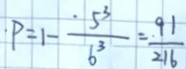
\cdot P = 1 - \frac { \cdot 5 ^ { 3 } } { 6 ^ { 3 } } = \frac { 9 1 } { 2 1 6 }